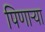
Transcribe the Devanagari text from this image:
पिणार्‍या